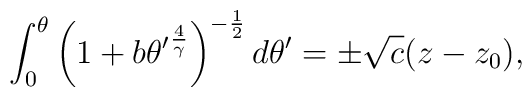
\int_0^\theta\left(1+b{\theta'}^{4\over \gamma}\right)^{-{1\over 2}}d\theta'=\pm\sqrt{c}(z-z_0),